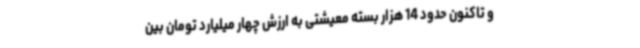
و تاکنون حدود 14 هزار بسته معیشتی به ارزش چهار میلیارد تومان بین